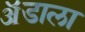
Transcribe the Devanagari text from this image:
ॲडाला